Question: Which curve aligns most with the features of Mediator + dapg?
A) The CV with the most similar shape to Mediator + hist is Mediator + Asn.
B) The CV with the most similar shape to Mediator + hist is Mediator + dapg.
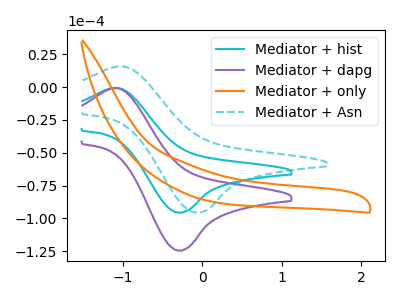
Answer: <think>The cyan curve "Mediator + hist" has an anodic peak at (-1.10V, -0.60uA) and a cathodic peak at (-0.30V, -95.45uA). The purple curve "Mediator + dapg" has an anodic peak at (-1.10V, -0.80uA) and a cathodic peak at (-0.30V, -124.30uA). The orange curve "Mediator + only" has no peaks. The cyan dashed curve "Mediator + Asn" has an anodic peak at (-1.05V, 15.60uA) and a cathodic peak at (-0.05V, -95.65uA).
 All the peaks in "Mediator + hist" have a peak in "Mediator + dapg" at the same potential. "Mediator + hist" and "Mediator + only" have a different number of peaks. "Mediator + hist" and "Mediator + Asn" have at least one peak that do not match. "Mediator + dapg" and "Mediator + only" have a different number of peaks. "Mediator + dapg" and "Mediator + Asn" have at least one peak that do not match. "Mediator + only" and "Mediator + Asn" have a different number of peaks.</think>
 <answer>B) The CV with the most similar shape to "Mediator + hist" is "Mediator + dapg".</answer>
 <eval>B</eval>